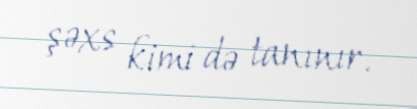
şəxs kimi də tanınır.